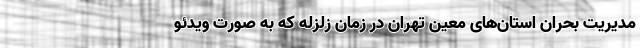
مدیریت بحران استان‌های معین تهران در زمان زلزله که به صورت ویدئو